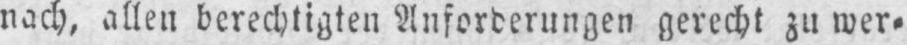
nach, allen berechtigten Anforderungen gerecht zu wer⸗